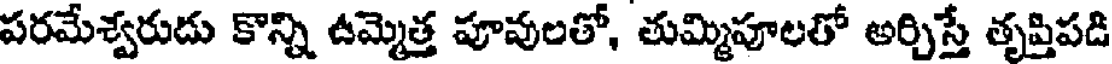
పరమేశ్వరుడు కొన్ని ఉమ్మెత్త పూవులతో, తుమ్మిపూలతో అర్చిస్తే తృప్తిపడి